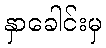
နှာခေါင်းမှ